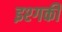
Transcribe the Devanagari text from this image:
इश्गकी